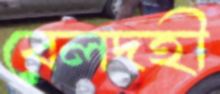
বেলদহী